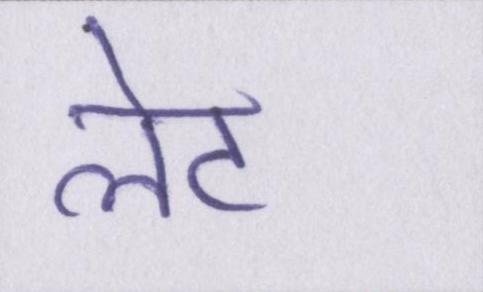
लेट